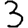
Digit: 3